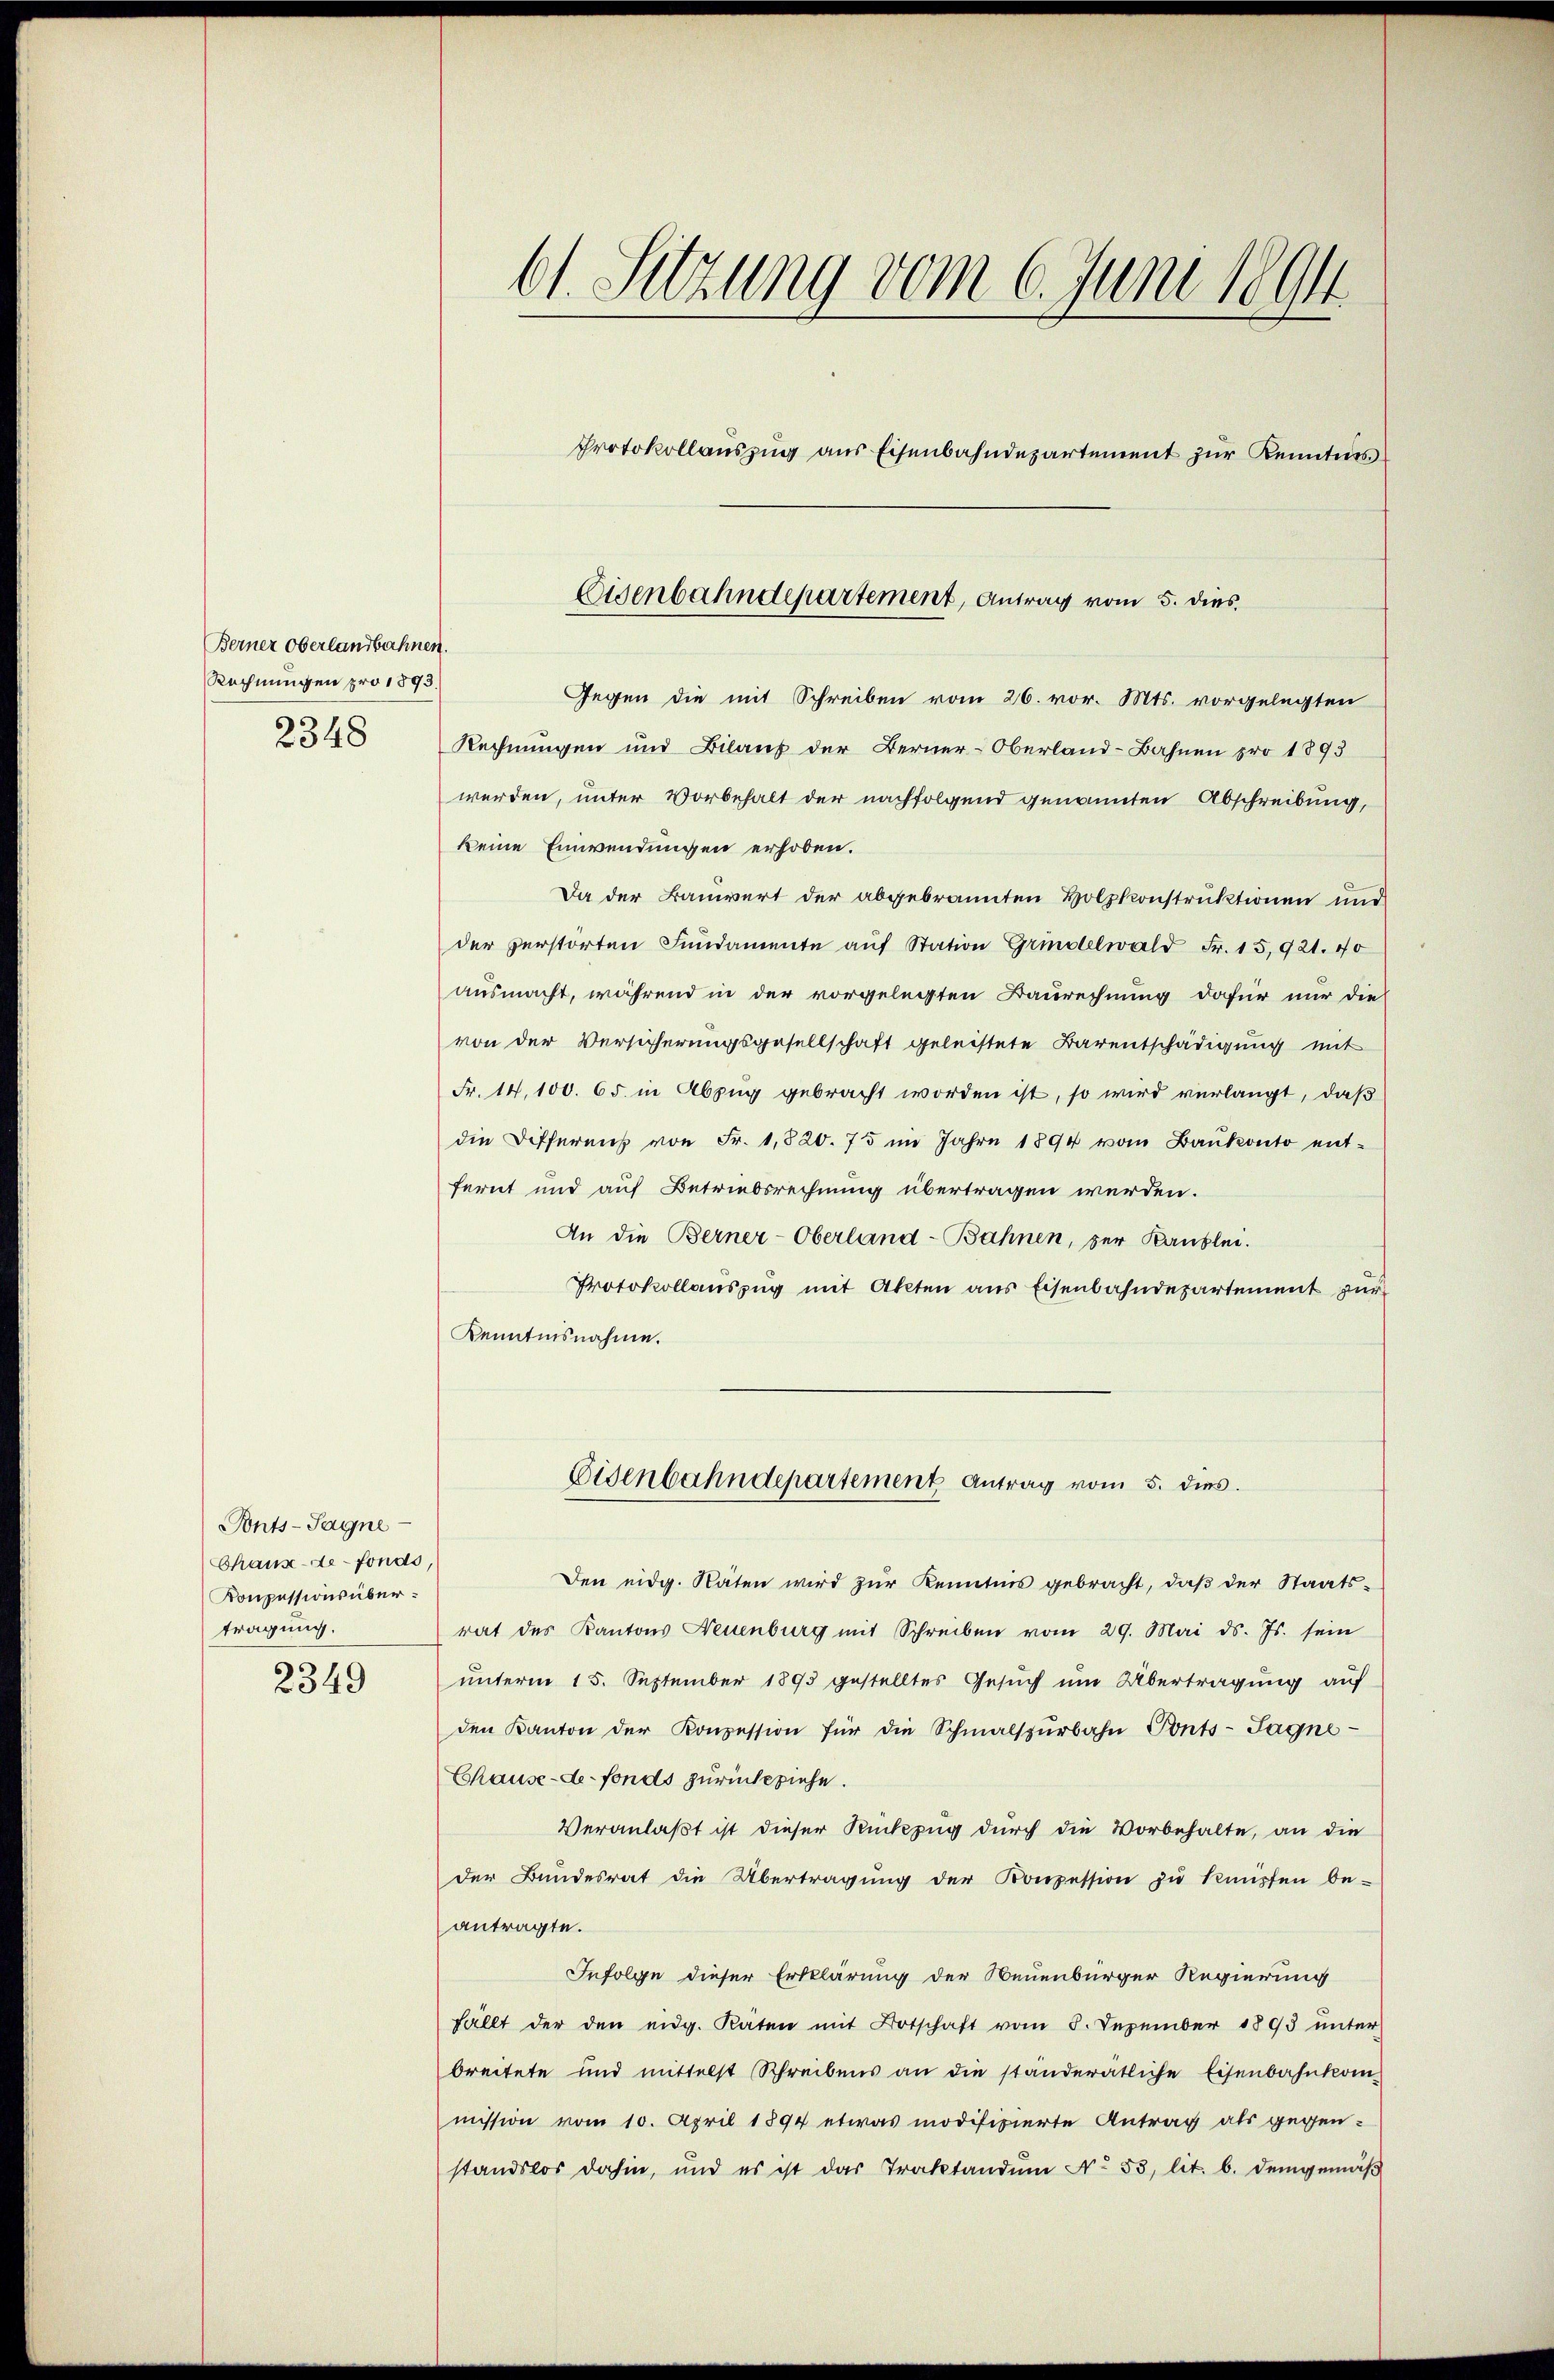
Berner Oberlandbahnen.
Rechnungen pro 1893.
2348

Ponts-Sagne
Chaux-de-Fonds,
Konpessions übertragung.

2349

61. Setzung vom 6. Juni 189
Protokollauszug aus Eisenbahndepartement zur Kenntnis

Gegen die mit Schreiben vom 26. vor. Mts. vorgelegten
Rechnungen und Bilaus der Berner-Oberland-Bahnen pro 1893
werden, unter Vorbehalt der nachfolgend genannten Abschreibung,
keine Einwendungen erhoben.
Da der Bauwert der abgebrannten Holzkonstruktionen und
der perstörten Fundamente aŭf Station Grindelwald Fr. 15,921. 40
ausmacht, während in der vorgelegten Baurechnung dafür nur die
von der Versicherungsgesellschaft geleistete Barentschädigung mit
Fr. 14,100. 65. in Abzug gebracht worden ist, so wird verlangt, daß
die Differen von Fr. 1,820. 75 im Jahre 1890 vom Baukonto entfernt und auf Betriebsrechnung übertragen werden.
An die Berner-Oberland-Bahnen, der Kanzlei.
Protokollauszug mit Akten aus Eisenbahndepartement zur
Kenntnisnahme.
Eisenbahndepartement Antrag vom 5. dies
den eidg. Räten wird zŭr Kenntnis gebracht, daβ der Staats-
rat des Kantons Neuenburg mit Schreiben vom 29. Mai d. Js. sein
unterm 15. September 1895 gestelltes Gesuch um Übertragung auf
den Kanton der Konzession für die Schmalspürbahn Ponts-Sagne¬
Chause-de-Fonds zurückziehe.
Veranlaßt ist dieser Rückzug durch die Vorbehalte, an die
der Bundesrat die Übertragŭng der Konzession zŭ knüpfen be-
antragte.
Infolge dieser Erklärung der Neuenbürger Regierung
fällt der den eidg. Räten mit Botschaft vom 8. Dezember 1893 ŭnter
breitete und mittelst Schreibens an die standerätliche Eisenbahnkom-
mission vom 10. April 1894 etwas modifizierte Antrag als gegen-
standslos dahin, und es ist das Traktandum No. 53, lit. b. Demgemäß

Eisenbahndepartement, Antrag vom 5. dies